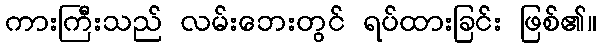
ကားကြီးသည် လမ်းဘေးတွင် ရပ်ထားခြင်း ဖြစ်၏။